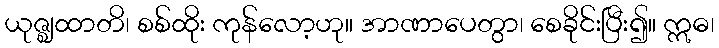
ယုဇ္ဈထာတိ၊ စစ်ထိုး ကုန်လော့ဟု။ အာဏာပေတွာ၊ စေခိုင်းပြီး၍။ ဣဓ၊